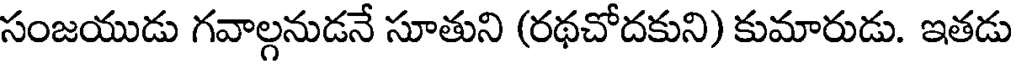
సంజయుడు గవాల్గనుడనే సూతుని (రథచోదకుని) కుమారుడు. ఇతడు